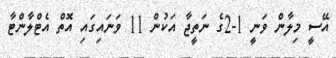
އޭސީ މިލާން ވަނީ 1-2ގެ ނަތީޖާ އަކުން 11 ވަނައިގައި އޮތް އެޓްލާންޓާ